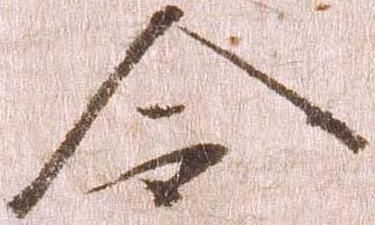
令